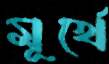
মূর্খে